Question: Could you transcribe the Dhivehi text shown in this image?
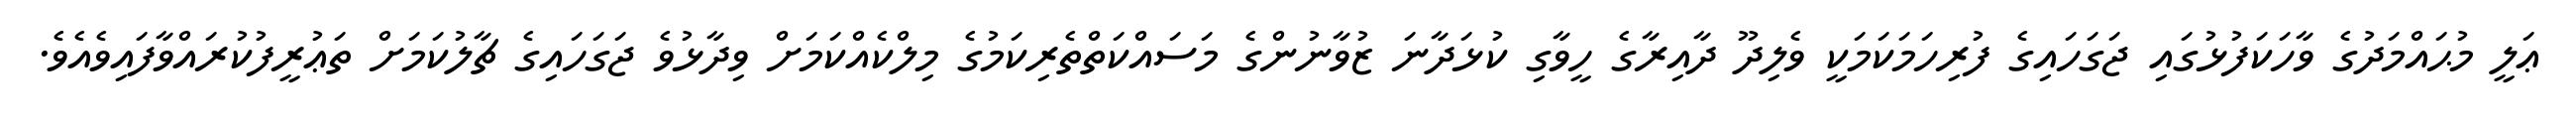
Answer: ޢަލީ މުޙައްމަދުގެ ވާހަކަފުޅުގައި ޖަގަހައިގެ ފުރިހަމަކަމަކީ ވެލިދޫ ދާއިރާގެ ހީވާގި ކުޅަދާނަ ޒުވާނުންގެ މަސައްކަތްތެރިކަމުގެ މިލްކެއްކަމަށް ވިދާޅުވެ ޖަގަހައިގެ ޗާލުކަމަށް ތަޢުރީފުކުރައްވާފައިވެއެވެ.